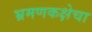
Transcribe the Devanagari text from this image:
भ्रमणकक्षेचा